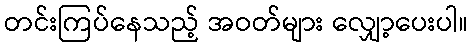
တင်းကြပ်နေသည့် အဝတ်များ လျှော့ပေးပါ။